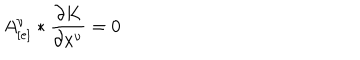
A _ { [ e ] } ^ { \nu } * \frac { \partial K } { \partial x ^ { \nu } } = 0